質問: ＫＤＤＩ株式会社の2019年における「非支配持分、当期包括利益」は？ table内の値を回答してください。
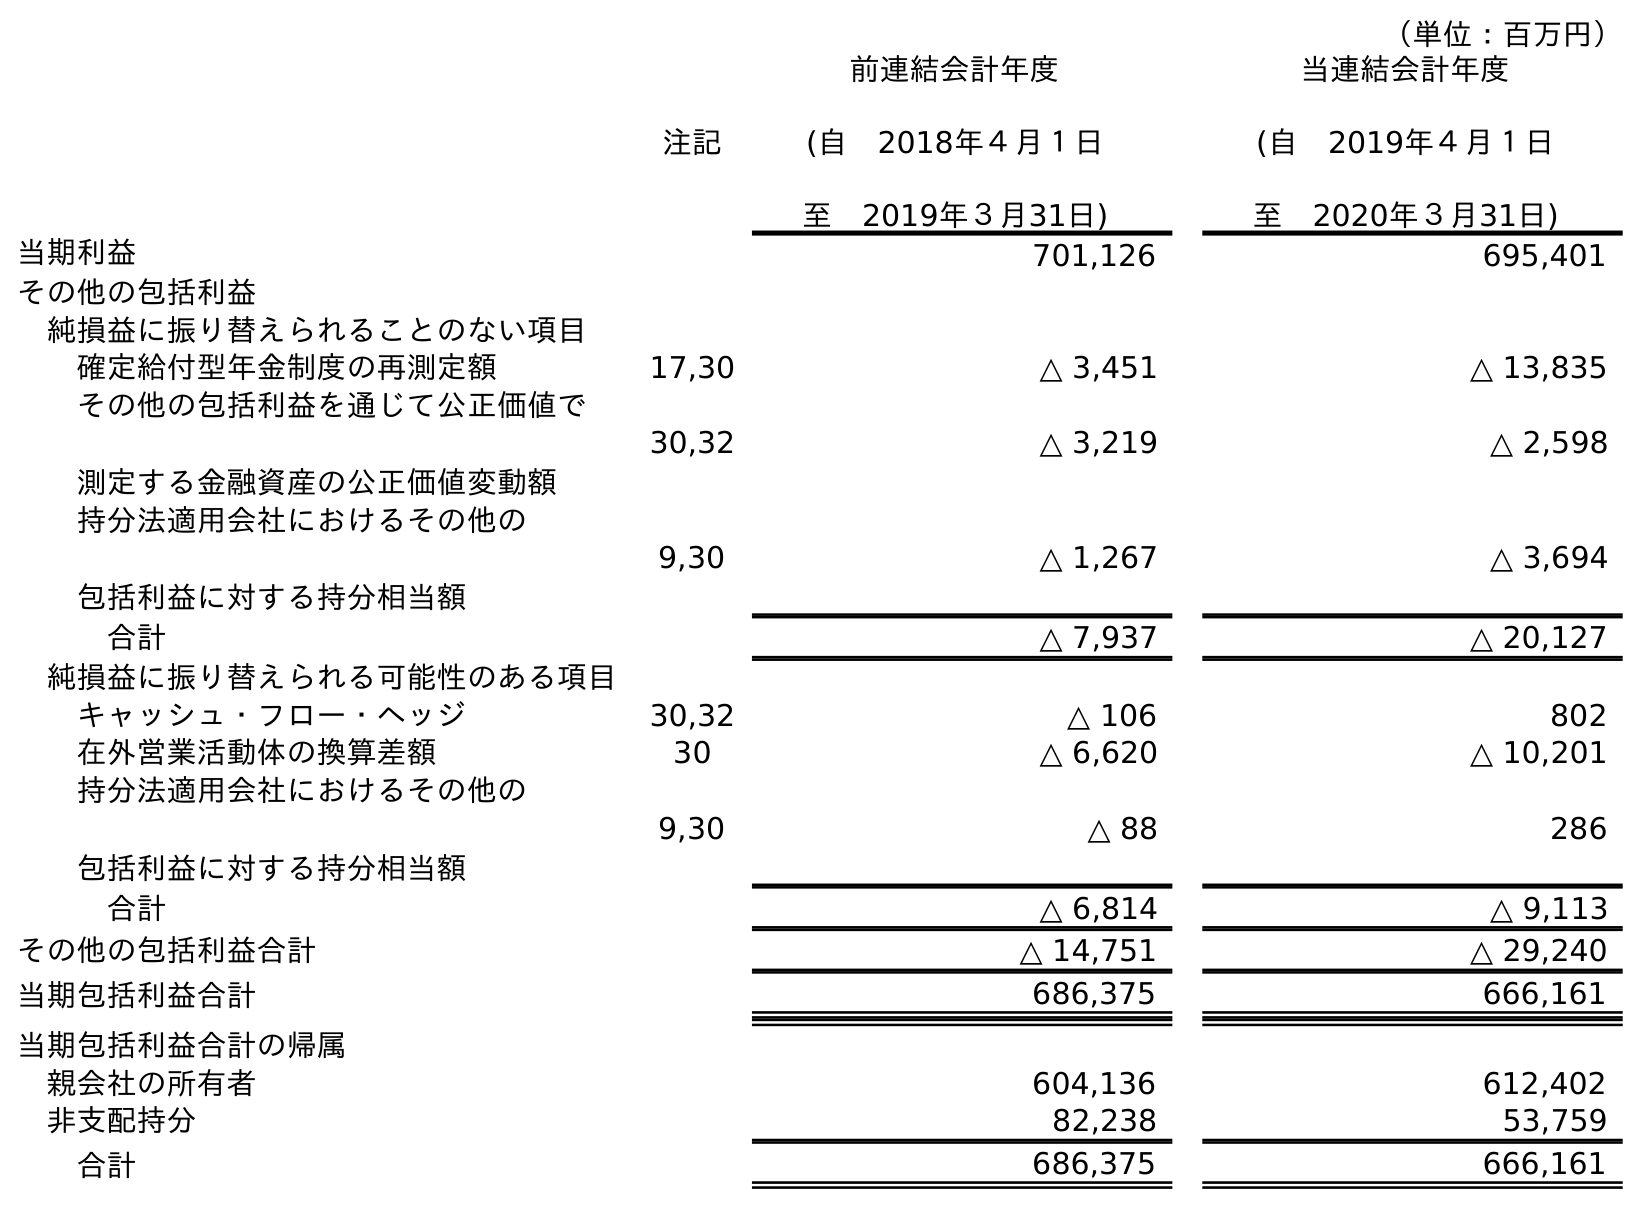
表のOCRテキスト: （単位：百万円） 注記 前連結会計年度 (自 2018年４月１日 至 2019年３月31日) 当連結会計年度 (自 2019年４月１日 至 2020年３月31日) 当期利益 701,126 695,401 その他の包括利益 純損益に振り替えられることのない項目 確定給付型年金制度の再測定額 17,30 △ 3,451 △ 13,835 その他の包括利益を通じて公正価値で 測定する金融資産の公正価値変動額 30,32 △ 3,219 △ 2,598 持分法適用会社におけるその他の 包括利益に対する持分相当額 9,30 △ 1,267 △ 3,694 合計 △ 7,937 △ 20,127 純損益に振り替えられる可能性のある項目 キャッシュ・フロー・ヘッジ 30,32 △ 106 802 在外営業活動体の換算差額 30 △ 6,620 △ 10,201 持分法適用会社におけるその他の 包括利益に対する持分相当額 9,30 △ 88 286 合計 △ 6,814 △ 9,113 その他の包括利益合計 △ 14,751 △ 29,240 当期包括利益合計 686,375 666,161 当期包括利益合計の帰属 親会社の所有者 604,136 612,402 非支配持分 82,238 53,759 合計 686,375 666,161
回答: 82,238